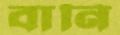
বানি